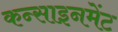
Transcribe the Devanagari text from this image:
कन्साइनमेंट